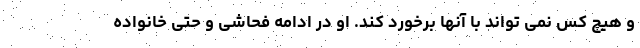
و هیچ کس نمی تواند با آنها برخورد کند. او در ادامه فحاشی و حتی خانواده